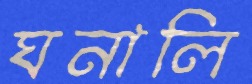
ঘনালি